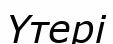
Үтері